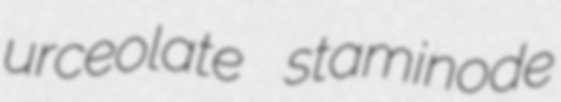
urceolate staminode